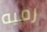
رميه